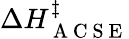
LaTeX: \Delta H_{\mathrm{~A~C~S~E~}}^{\ddagger}